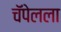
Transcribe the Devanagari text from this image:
चॅपेलला